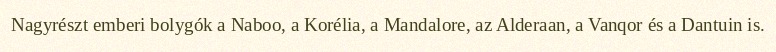
Nagyrészt emberi bolygók a Naboo, a Korélia, a Mandalore, az Alderaan, a Vanqor és a Dantuin is.